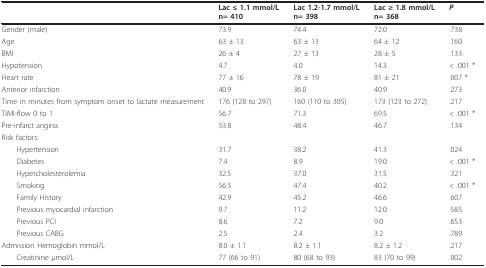
<table><thead><tr><td></td><td><b>Lac ≤ 1.1 mmol/L n= 410</b></td><td><b>Lac 1.2-1.7 mmol/L n= 398</b></td><td><b>Lac ≥ 1.8 mmol/L n= 368</b></td><td><b><i>P</i></b></td></tr></thead><tbody><tr><td>Gender (male)</td><td>73.9</td><td>74.4</td><td>72.0</td><td>.738</td></tr><tr><td>Age</td><td>63 ± 13</td><td>63 ± 13</td><td>64 ± 12</td><td>.160</td></tr><tr><td>BMI</td><td>26 ± 4</td><td>27 ± 13</td><td>28 ± 5</td><td>.133</td></tr><tr><td>Hypotension</td><td>4.7</td><td>4.0</td><td>14.3</td><td>&lt; .001 *</td></tr><tr><td>Heart rate</td><td>77 ± 16</td><td>78 ± 19</td><td>81 ± 21</td><td>.007 *</td></tr><tr><td>Anterior infarction</td><td>40.9</td><td>36.0</td><td>40.9</td><td>.273</td></tr><tr><td>Time in minutes from symptom onset to lactate measurement</td><td>176 (128 to 297)</td><td>160 (110 to 305)</td><td>173 (123 to 272)</td><td>.217</td></tr><tr><td>TIMI-flow 0 to 1</td><td>56.7</td><td>71.3</td><td>69.5</td><td>&lt; .001 *</td></tr><tr><td>Pre-infarct angina</td><td>53.8</td><td>48.4</td><td>46.7</td><td>.134</td></tr><tr><td>Risk factors:</td><td></td><td></td><td></td><td></td></tr><tr><td> Hypertension</td><td>31.7</td><td>38.2</td><td>41.3</td><td>.024</td></tr><tr><td> Diabetes</td><td>7.4</td><td>8.9</td><td>19.0</td><td>&lt; .001 *</td></tr><tr><td> Hypercholesterolemia</td><td>32.5</td><td>37.0</td><td>31.5</td><td>.321</td></tr><tr><td> Smoking</td><td>56.5</td><td>47.4</td><td>40.2</td><td>&lt; .001 *</td></tr><tr><td> Family History</td><td>42.9</td><td>45.2</td><td>46.6</td><td>.607</td></tr><tr><td> Previous myocardial infarction</td><td>9.7</td><td>11.2</td><td>12.0</td><td>.585</td></tr><tr><td> Previous PCI</td><td>8.6</td><td>7.2</td><td>9.0</td><td>.653</td></tr><tr><td> Previous CABG</td><td>2.5</td><td>2.4</td><td>3.2</td><td>.789</td></tr><tr><td>Admission Hemoglobin mmol/L</td><td>8.0 ± 1.1</td><td>8.2 ± 1.1</td><td>8.2 ± 1.2</td><td>.217</td></tr><tr><td> Creatinine μmol/L</td><td>77 (66 to 91)</td><td>80 (68 to 93)</td><td>83 (70 to 99)</td><td>.002</td></tr></tbody></table>